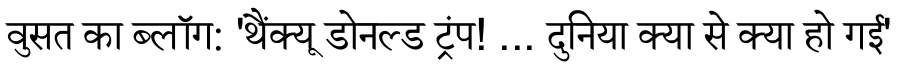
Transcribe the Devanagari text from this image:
वुसत का ब्लॉग: 'थैंक्यू डोनल्ड ट्रंप! ... दुनिया क्या से क्या हो गई'